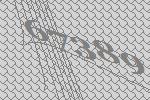
67389